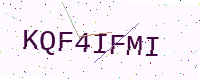
Text: KQF4IFMI